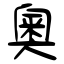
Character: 奧